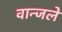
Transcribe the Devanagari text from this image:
वान्जले